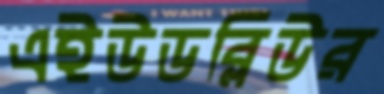
এইউডব্লিউর